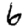
Digit: 6